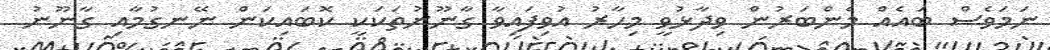
ނަމަވެސް ބައެއް މެންބަރުން ވިދާޅުވީ މިހާރު އުވިފައިވާ ގާނޫނުތަކަކީ ކޮބައިކަން ނޭނގުމާއި ގާނޫނު